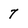
Character: 7